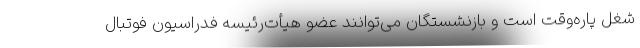
شغل پاره‌وقت است و بازنشستگان می‌توانند عضو هیأت‌رئیسه فدراسیون فوتبال